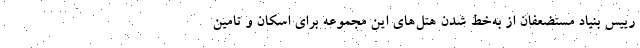
رییس بنیاد مستضعفان از به‌خط شدن هتل‌های این مجموعه برای اسکان و تامین